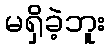
မရှိခဲ့ဘူး